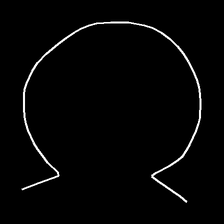
Glyph: weave